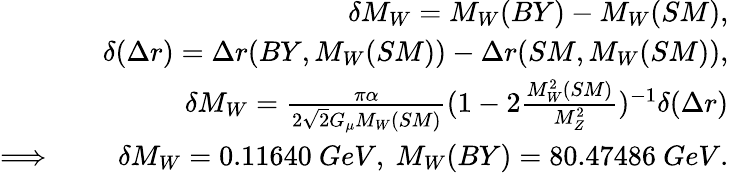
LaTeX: \begin{array}{rlr}&{}&{\delta M_{W}=M_{W}(BY)-M_{W}(SM),}\\ &{}&{\delta(\Delta r)=\Delta r(BY,M_{W}(SM))-\Delta r(SM,M_{W}(SM)),}\\ &{}&{\delta M_{W}=\frac{\pi\alpha}{2\sqrt{2}G_{\mu}M_{W}(SM)}(1-2\frac{M_{W}^{2}(SM)}{M_{Z}^{2}})^{-1}\delta(\Delta r)}\\ {\Longrightarrow}&{}&{\delta M_{W}=0.11640\ GeV,\ M_{W}(BY)=80.47486\ GeV.}\end{array}